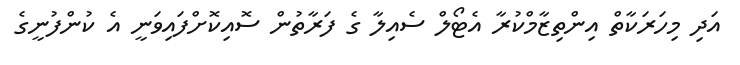
އަދި މިހަރަކާތް އިންތިޒާމްކުރާ އެޓޯލް ސެއިލާ ގެ ފަރާތުން ސޮއިކޮށްފައިވަނީ އެ ކުންފުނީގެ